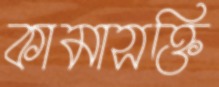
কামাসক্তি